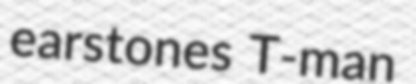
earstones T-man